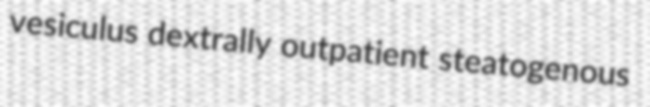
vesiculus dextrally outpatient steatogenous